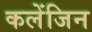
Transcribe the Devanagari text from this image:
कलेंजिन